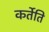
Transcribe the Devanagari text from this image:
कर्तेति